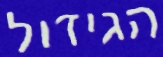
הגידול